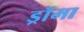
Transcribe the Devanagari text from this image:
ड्रॉमा